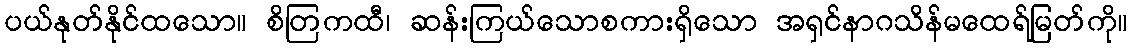
ပယ်နုတ်နိုင်ထသော။ စိတြကထီ၊ ဆန်းကြယ်သောစကားရှိသော အရှင်နာဂသိန်မထေရ်မြတ်ကို။